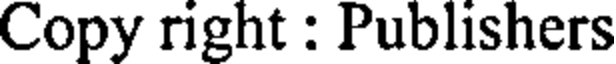
Copy right : Publishers